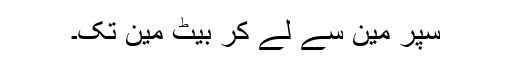
سپر مین سے لے کر بیٹ مین تک۔